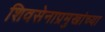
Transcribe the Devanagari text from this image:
शिवसेनाप्रमुखांच्या